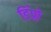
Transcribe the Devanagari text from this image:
डिंप्रो